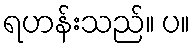
ရဟန်းသည်။ ပ။